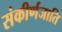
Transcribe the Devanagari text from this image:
संकीर्णजाति